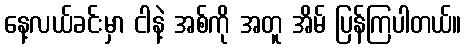
နေ့လယ်ခင်းမှာ ငါနဲ့ အစ်ကို အတူ အိမ် ပြန်ကြပါတယ်။